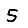
Digit: 5